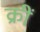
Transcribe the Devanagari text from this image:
क्रीं